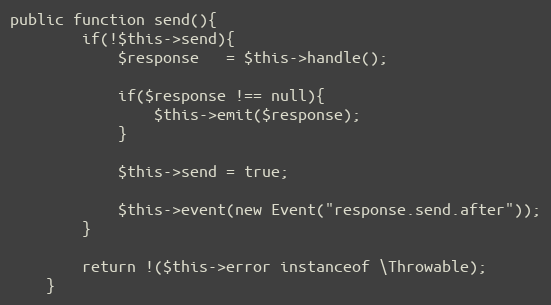
Language: PHP
public function send(){
        if(!$this->send){
            $response   = $this->handle();

            if($response !== null){
                $this->emit($response);
            }

            $this->send = true;

            $this->event(new Event("response.send.after"));
        }

        return !($this->error instanceof \Throwable);
    }